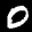
Label: 0